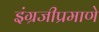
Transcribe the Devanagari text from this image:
इंग्रजीप्रमाणे